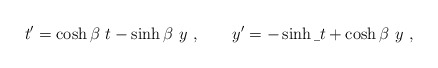
\begin{align*}t'= \cosh \beta \ t - \sinh \beta\ y\ , \ \ \ \ \ \ y'= - \sinh \b\ t + \cosh \beta\ y \ , \end{align*}